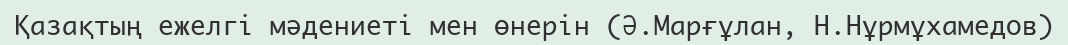
Қазақтың ежелгі мәдениеті мен өнерін (Ә.Марғұлан, Н.Нұрмұхамедов)